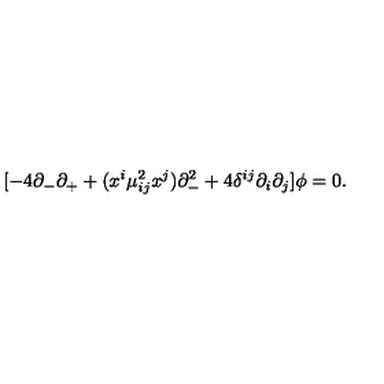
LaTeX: [ - 4 \partial _ { - } \partial _ { + } + ( x ^ { i } \mu _ { i j } ^ { 2 } x ^ { j } ) \partial _ { - } ^ { 2 } + 4 \delta ^ { i j } \partial _ { i } \partial _ { j } ] \phi = 0 .